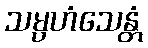
သမ္ပဟံသေန္တံ